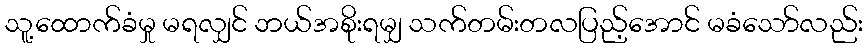
သူ့ထောက်ခံမှု မရလျှင် ဘယ်အစိုးရမျှ သက်တမ်းတလပြည့်အောင် မခံသော်လည်း